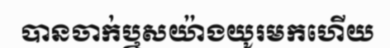
បានចាក់ឬសយ៉ាងយូរមកហើយ